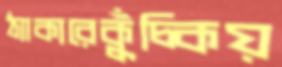
ঠ্যাকারেকুঁচ্‌কিয়